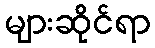
များဆိုင်ရာ